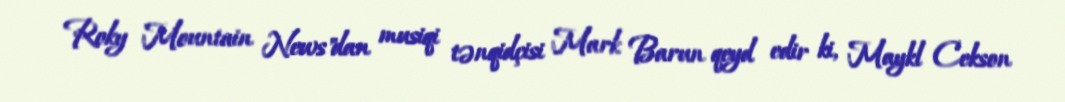
Roky Mountain News"dan musiqi tənqidçisi Mark Barun qeyd edir ki, Maykl Cekson